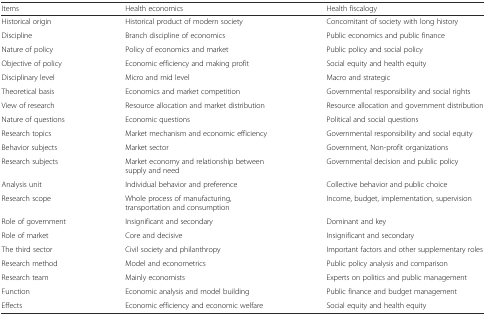
<table><thead><tr><td><b>Items</b></td><td><b>Health economics</b></td><td><b>Health fiscalogy</b></td></tr></thead><tbody><tr><td>Historical origin</td><td>Historical product of modern society</td><td>Concomitant of society with long history</td></tr><tr><td>Discipline</td><td>Branch discipline of economics</td><td>Public economics and public finance</td></tr><tr><td>Nature of policy</td><td>Policy of economics and market</td><td>Public policy and social policy</td></tr><tr><td>Objective of policy</td><td>Economic efficiency and making profit</td><td>Social equity and health equity</td></tr><tr><td>Disciplinary level</td><td>Micro and mid level</td><td>Macro and strategic</td></tr><tr><td>Theoretical basis</td><td>Economics and market competition</td><td>Governmental responsibility and social rights</td></tr><tr><td>View of research</td><td>Resource allocation and market distribution</td><td>Resource allocation and government distribution</td></tr><tr><td>Nature of questions</td><td>Economic questions</td><td>Political and social questions</td></tr><tr><td>Research topics</td><td>Market mechanism and economic efficiency</td><td>Governmental responsibility and social equity</td></tr><tr><td>Behavior subjects</td><td>Market sector</td><td>Government, Non-profit organizations</td></tr><tr><td>Research subjects</td><td>Market economy and relationship between supply and need</td><td>Governmental decision and public policy</td></tr><tr><td>Analysis unit</td><td>Individual behavior and preference</td><td>Collective behavior and public choice</td></tr><tr><td>Research scope</td><td>Whole process of manufacturing, transportation and consumption</td><td>Income, budget, implementation, supervision</td></tr><tr><td>Role of government</td><td>Insignificant and secondary</td><td>Dominant and key</td></tr><tr><td>Role of market</td><td>Core and decisive</td><td>Insignificant and secondary</td></tr><tr><td>The third sector</td><td>Civil society and philanthropy</td><td>Important factors and other supplementary roles</td></tr><tr><td>Research method</td><td>Model and econometrics</td><td>Public policy analysis and comparison</td></tr><tr><td>Research team</td><td>Mainly economists</td><td>Experts on politics and public management</td></tr><tr><td>Function</td><td>Economic analysis and model building</td><td>Public finance and budget management</td></tr><tr><td>Effects</td><td>Economic efficiency and economic welfare</td><td>Social equity and health equity</td></tr></tbody></table>